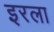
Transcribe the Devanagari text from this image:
इरला